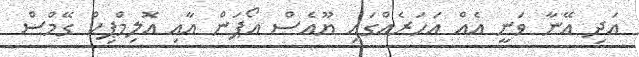
އަދި އޭނާ ވަނީ އެއް އަހަރެއްގައި ޔޫއެސް އޯޕަން އާއި އޮލިމްޕިކް ގޭމްސް